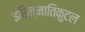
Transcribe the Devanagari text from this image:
इरिन्नातिकुटल